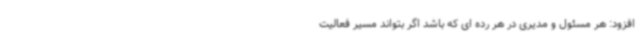
افزود: هر مسئول و مدیری در هر رده ای که باشد اگر بتواند مسیر فعالیت